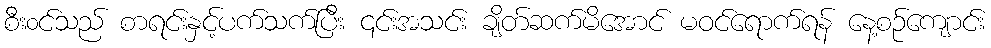
စီး၀င်သည် စာရင်းနှင့်ပက်သက်ပြီး ၎င်းအသင်း ချိတ်ဆက်မိအောင် မဝင်ရောက်ရန် နေ့စဉ်ကျောင်း